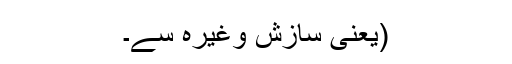
(یعنی سازش وغیرہ سے۔